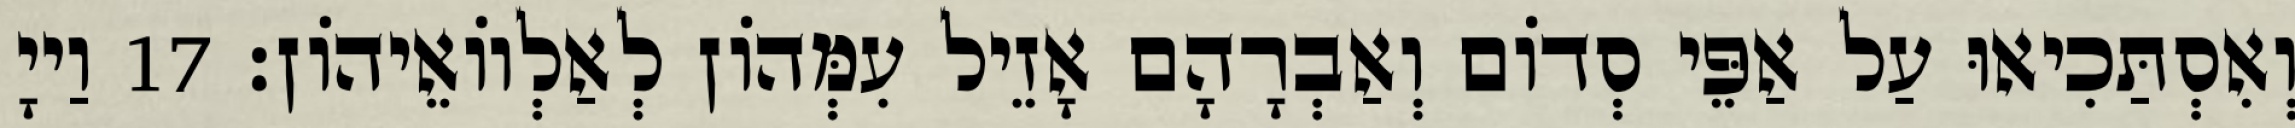
וְאִסְתַּכִיאוּ עַל אַפֵּי סְדוֹם וְאַבְרָהָם אָזֵיל עִמְּהוֹן לְאַלְווֹאֵיהוֹן׃ 17 וַייָ